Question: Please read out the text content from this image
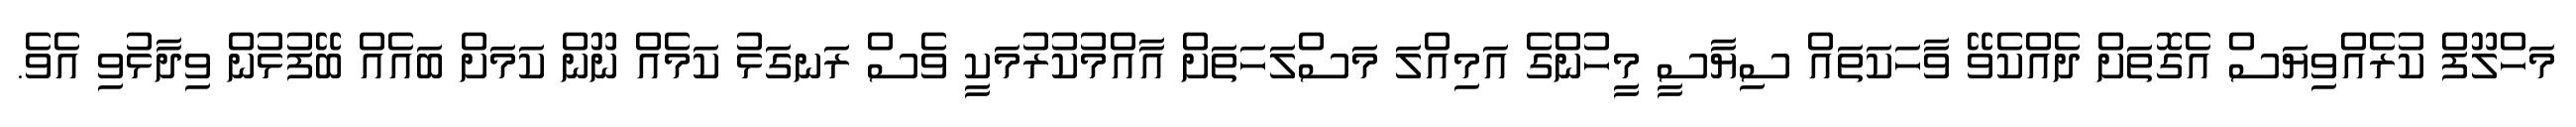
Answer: މަހްލޫފް ކުރެއްވިޔަސް އެގޮތަށް ދެއްކެވޭ ވާހަކަތައް ސިޔާސީ މީހުންގެ އަމިއްލަ މަސްލަހަތަށް އާއްމުކުރުމަކީ ވެސް ރަނގަޅު ކަމެއް ނޫން ކަމަށް ބައެއް ބޭފުޅުން ވިދާޅުވި އެވެ.